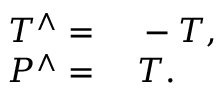
\begin{array} { r l } { T ^ { \wedge } = } & { { } \; - T , } \\ { P ^ { \wedge } = } & { { } \; T . } \end{array}